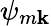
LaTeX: \psi_{m\mathbf{k}}